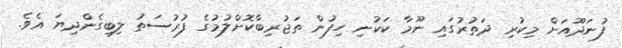
ފުނަދޫއަށް މިކުރި ދަތުރުގައި ނޫމާ ކަކުނި ހިފުން ތަޖުރިބާކޮށްލުމުގެ ފުރުސަތު ލިބިގެންދިޔަ އެވެ.